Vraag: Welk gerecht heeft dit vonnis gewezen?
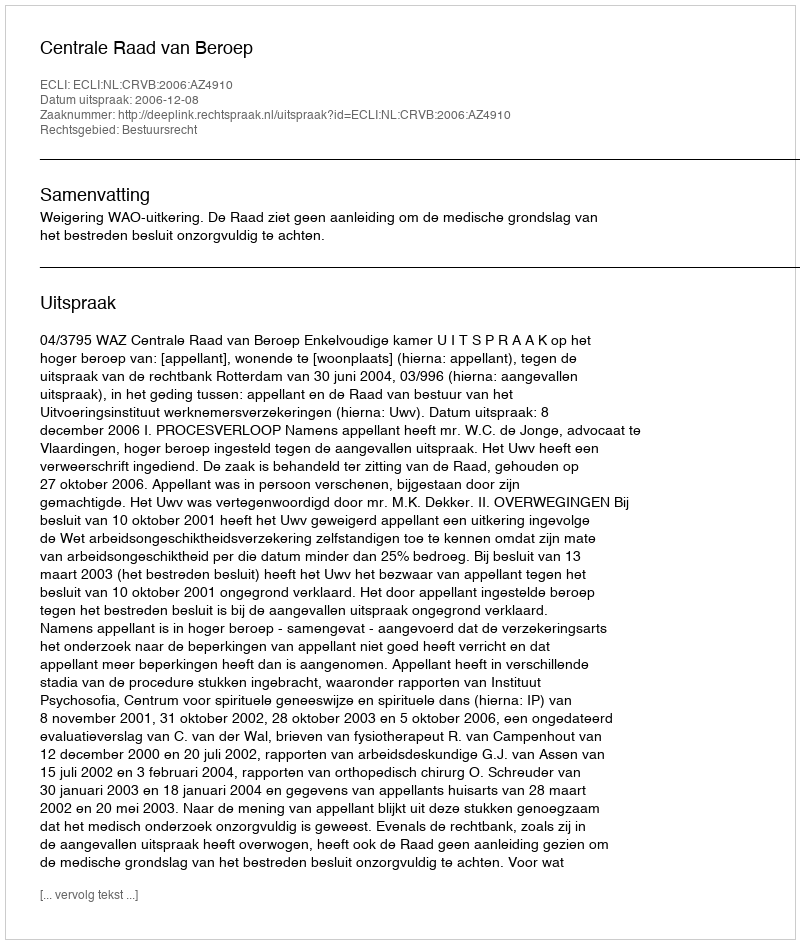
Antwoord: Centrale Raad van Beroep